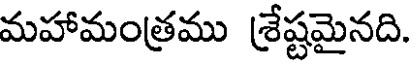
మహామంత్రము శ్రేష్టమైనది.